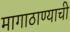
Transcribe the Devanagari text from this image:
मागाठाण्याची